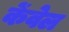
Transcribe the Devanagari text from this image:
केंवेल